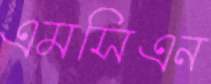
এমসিএন